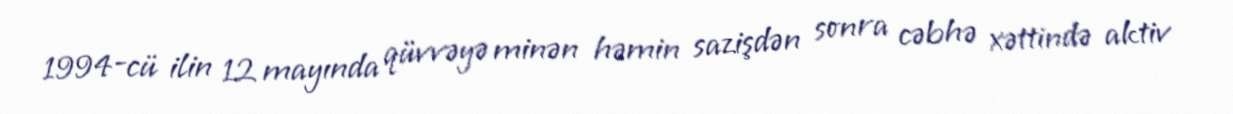
1994-cü ilin 12 mayında qüvvəyə minən həmin sazişdən sonra cəbhə xəttində aktiv